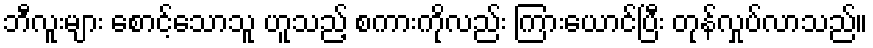
ဘီလူးများ စောင့်သောသူ ဟူသည့် စကားကိုလည်း ကြားယောင်ပြီး တုန်လှုပ်လာသည်။